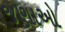
જણાઓ